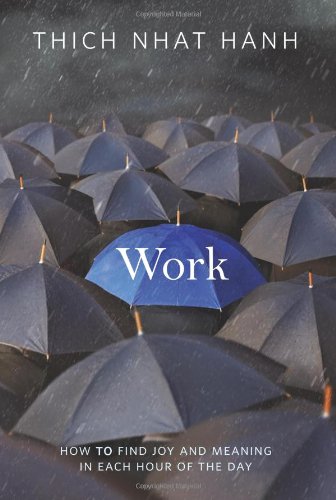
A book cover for Work: How to Find Joy and Meaning in Each Hour of the Day; Thich Nhat Hanh; Business & Money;